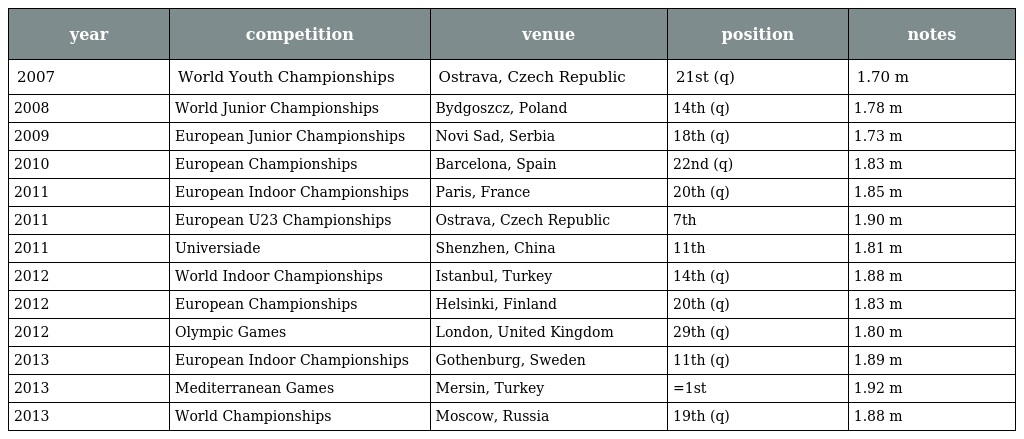
| year | competition | venue | position | notes |
 | --- | --- | --- | --- | --- |
 | 2007 | World Youth Championships | Ostrava, Czech Republic | 21st (q) | 1.70 m |
 | 2008 | World Junior Championships | Bydgoszcz, Poland | 14th (q) | 1.78 m |
 | 2009 | European Junior Championships | Novi Sad, Serbia | 18th (q) | 1.73 m |
 | 2010 | European Championships | Barcelona, Spain | 22nd (q) | 1.83 m |
 | 2011 | European Indoor Championships | Paris, France | 20th (q) | 1.85 m |
 | 2011 | European U23 Championships | Ostrava, Czech Republic | 7th | 1.90 m |
 | 2011 | Universiade | Shenzhen, China | 11th | 1.81 m |
 | 2012 | World Indoor Championships | Istanbul, Turkey | 14th (q) | 1.88 m |
 | 2012 | European Championships | Helsinki, Finland | 20th (q) | 1.83 m |
 | 2012 | Olympic Games | London, United Kingdom | 29th (q) | 1.80 m |
 | 2013 | European Indoor Championships | Gothenburg, Sweden | 11th (q) | 1.89 m |
 | 2013 | Mediterranean Games | Mersin, Turkey | =1st | 1.92 m |
 | 2013 | World Championships | Moscow, Russia | 19th (q) | 1.88 m |